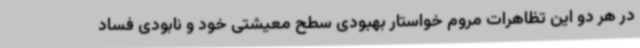
در هر دو این تظاهرات مروم خواستار بهبودی سطح معیشتی خود و نابودی فساد